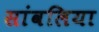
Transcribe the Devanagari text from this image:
सांवलिया